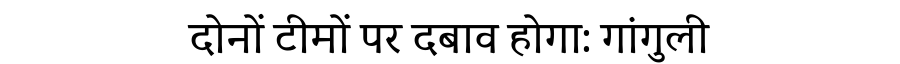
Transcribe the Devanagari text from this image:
दोनों टीमों पर दबाव होगा: गांगुली